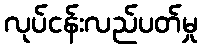
လုပ်ငန်းလည်ပတ်မှု